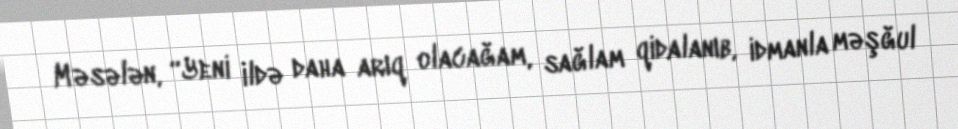
Məsələn, “Yeni ildə daha arıq olacağam, sağlam qidalanıb, idmanla məşğul